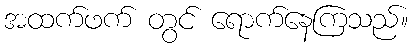
အထက်ဖက် တွင် ရောက်နေကြသည်။